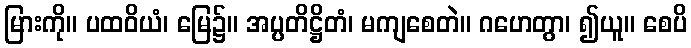
မြားကို။ ပထဝိယံ၊ မြေ၌။ အပ္ပတိဋ္ဌိတံ၊ မကျစေတဲ။ ဂဟေတွာ၊ ၍ယူ။ စေပိ